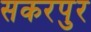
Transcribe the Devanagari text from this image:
सकरपुर